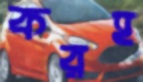
করহ